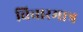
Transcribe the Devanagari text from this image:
विचारमात्र